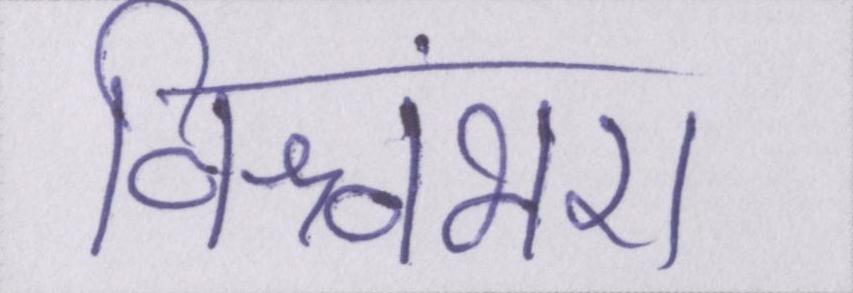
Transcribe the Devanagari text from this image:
विश्वंभरा